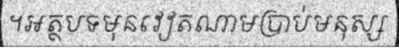
។អត្ថបទមុនវៀតណាមប្រាប់មនុស្ស